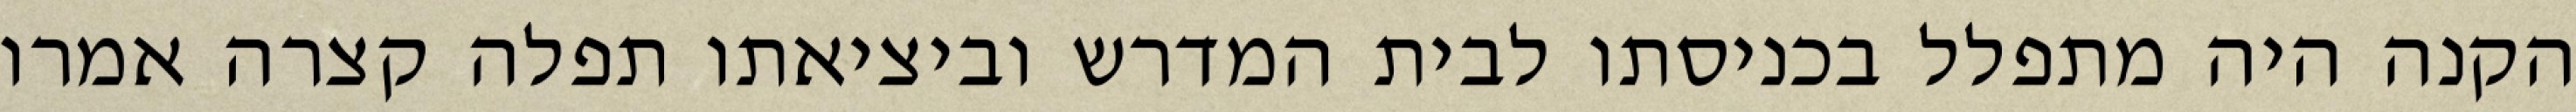
הקנה היה מתפלל בכניסתו לבית המדרש וביציאתו תפלה קצרה אמרו